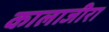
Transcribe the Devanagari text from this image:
कालाजीरा